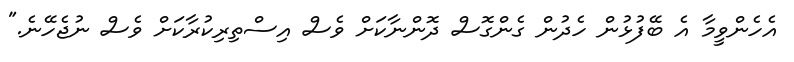
އެހެންވީމާ އެ ބޭފުޅުން ހެދުން ގެންގޮސް ދޮންނާކަށް ވެސް އިސްތިރިކުރާކަށް ވެސް ނުޖެހޭނެ."